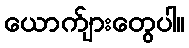
ယောက်ျားတွေပါ။